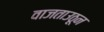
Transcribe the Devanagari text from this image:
वाजताउठून